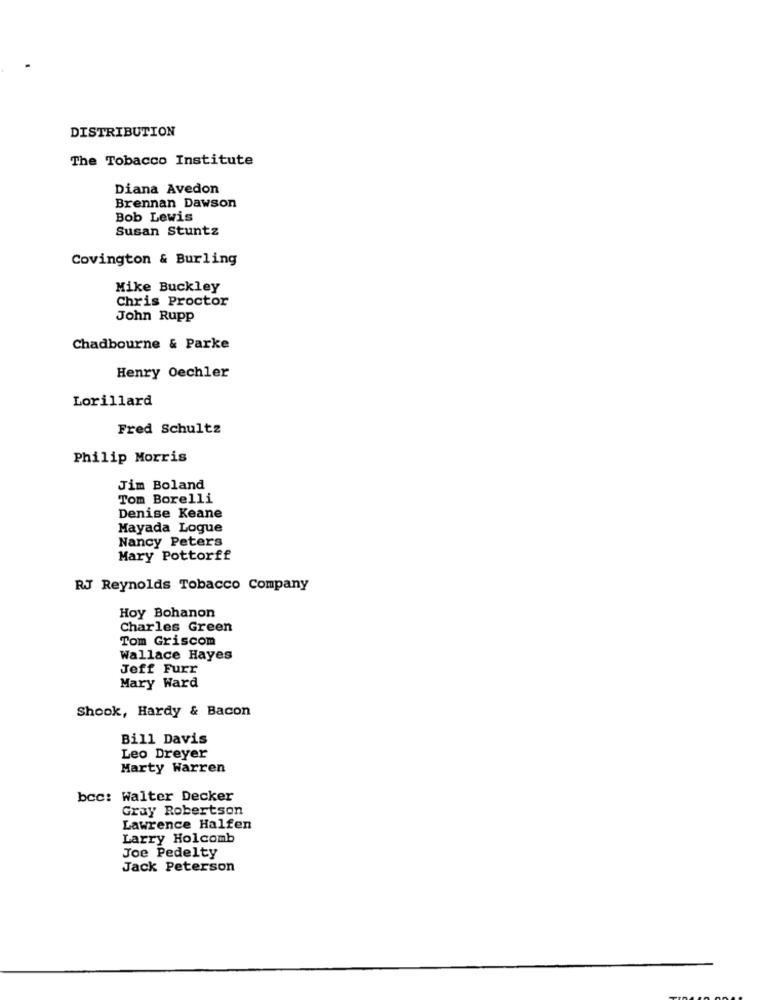
DISTRIBUTION
The Tobacco Institute
Diana Avedon
Brennan Dawson
Bob Lewis
Susan Stuntz
Covington & Burling
Mike Buckley
Chris Proctor
John Rupp
Chadbourne & Parke
Henry Oechler
Lorillard
Fred Schultz
Philip Morris
Jim Boland
Tom Borelli
Denise Keane
Mayada Logue
Nancy Peters
Mary Pottorff
RJ Reynolds Tobacco Company
Hoy Bohanon
Charles Green
Tom Griscom
Wallace Hayes
Jeff Furr
Mary Ward
Shook, Hardy & Bacon
Bill Davis
Leo Dreyer
Marty Warren
bcc: Walter Decker
Gray Robertson
Lawrence Halfen
Larry Holcomb
Joe Pedelty
Jack Peterson